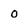
Character: O